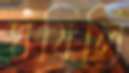
ঘষিলি